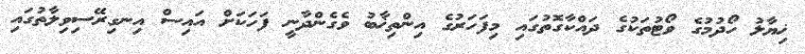
ޚިޔާލު ހޯދުމުގެ ވޯޓުތަކުގެ ދައްކާގޮތުގައި މިފަހަރުގެ އިންތިޚާބު ވެގެންދާނީ ފަހަކަށް އައިސް އިނގިރޭސިވިލާތުގައި